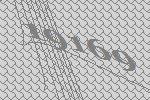
19169